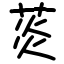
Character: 菼